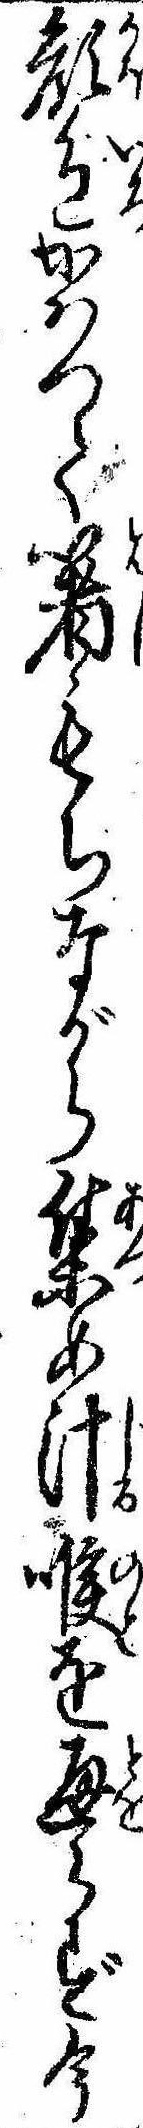
顔色かはつて箸もちながら集め汁喉を通らず今